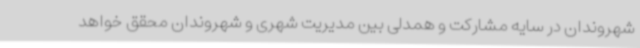
شهروندان در سایه مشارکت و همدلی بین مدیریت شهری و شهروندان محقق خواهد